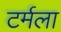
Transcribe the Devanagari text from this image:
टर्मला